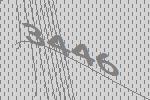
3446